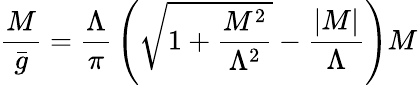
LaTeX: {\frac{M}{{\bar{g}}}}={\frac{\Lambda}{\pi}}\left({\sqrt{1+{\frac{M^{2}}{\Lambda^{2}}}}}-{\frac{\vert M\vert}{\Lambda}}\right)M